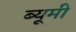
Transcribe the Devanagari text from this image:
ब्यूमी